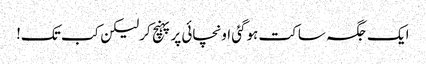
ایک جگہ ساکت ہوگئی اونچائی پرپہنچ کرلیکن کب تک!